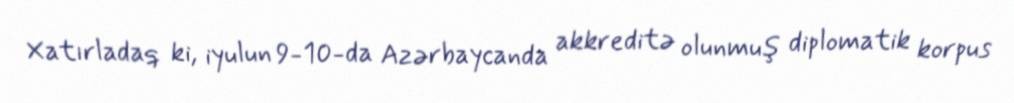
Xatırladaq ki, iyulun 9-10-da Azərbaycanda akkreditə olunmuş diplomatik korpus